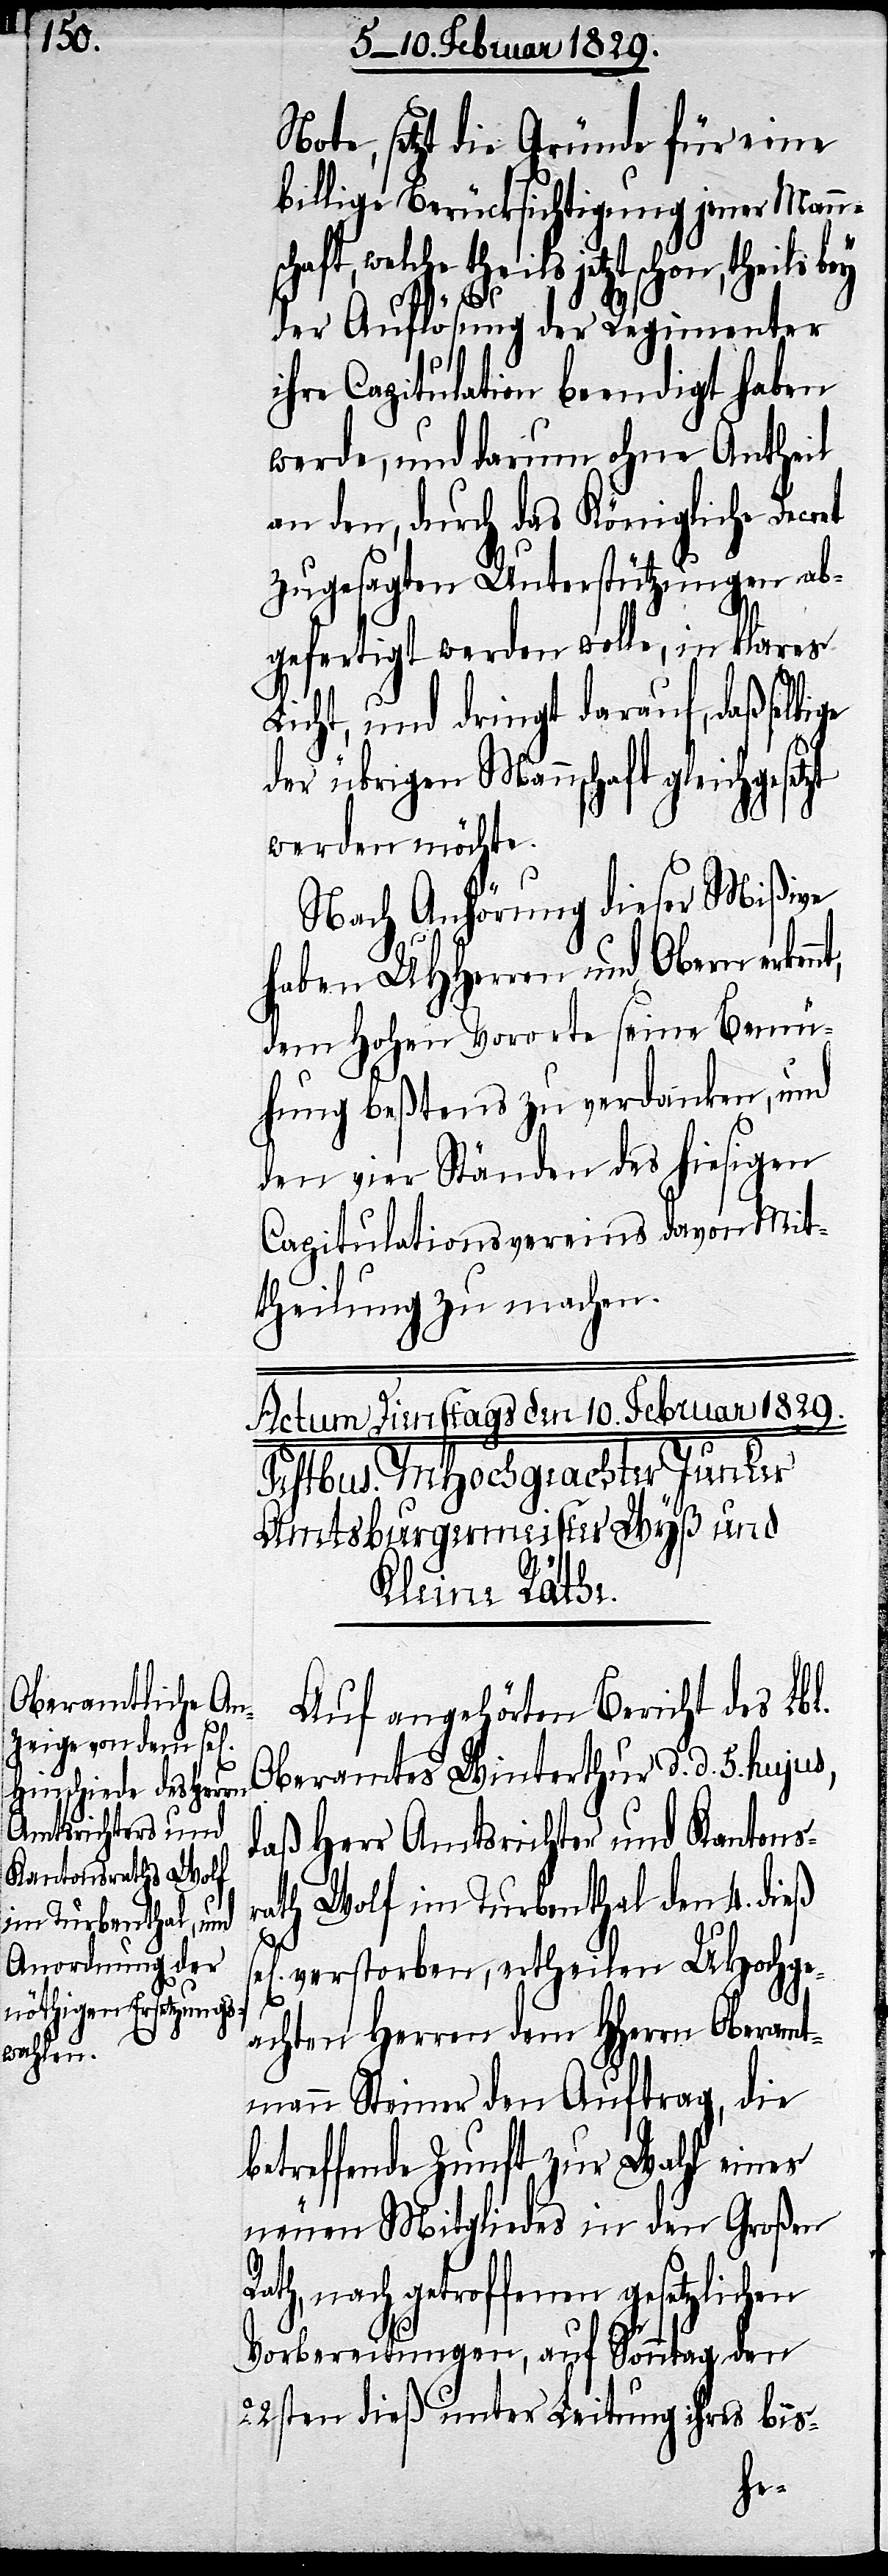
Note, setzt die Gründe für eine
billige Berücksichtigung jener Mann¬
jetzt schon, theils bey
der Auflösung der Regimenter
ihre Capitulation beendigt haben
werde, und darum ohne Antheil
an den, durch das Königliche Decret
zugesagten Unterstützungen ab¬
gefertigt werden wolle, in klares
Licht, und dringt darauf, daß selbi¬
der übrigen Mannschaft gleichgeset¬
werden möchte.
Nach Anhörung dieser Mißiven
haben UHHerren und Obern erken¬
dem Hohen Vorort seine Bemü¬
hung beßtens zu verdanken, und
den vier Ständen des hiesigen
Capitulationsvereins davon Mit¬
theilung zu machen.
Auf angehörten Bericht des Lbl.
Oberamtes Winterthur d. d. 5. hujus,
daß Herr Amtsrichter und Kantonsr¬
Wolf im Turbenthal den 4. dieß
ath
verstorben, ertheilen UHochge¬
achten Herren dem HHerrn Oberamt¬
mann Steiner den Auftrag, die
betreffende Zunft zur Wahl eines
neuen Mitgliedes in den Großen
Rath, nach getroffenen gesetzlichen
Vorbereitungen, auf Sonntag den
22sten dieß unter Leitung ihres bis-